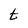
Character: t